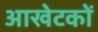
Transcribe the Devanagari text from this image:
आखेटकों